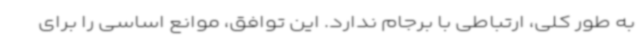
به طور کلی، ارتباطی با برجام ندارد. این توافق، موانع اساسی را برای